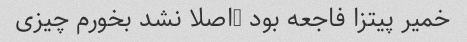
خمیر پیتزا فاجعه بود …اصلا نشد بخورم چیزی